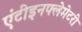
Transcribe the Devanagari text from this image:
एंटीइनफ्लेमेटरी